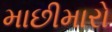
માછીમારો